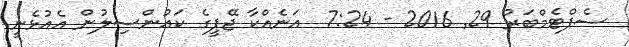
ސެޕްޓެމްބަރު 29